Document type: bank_statement
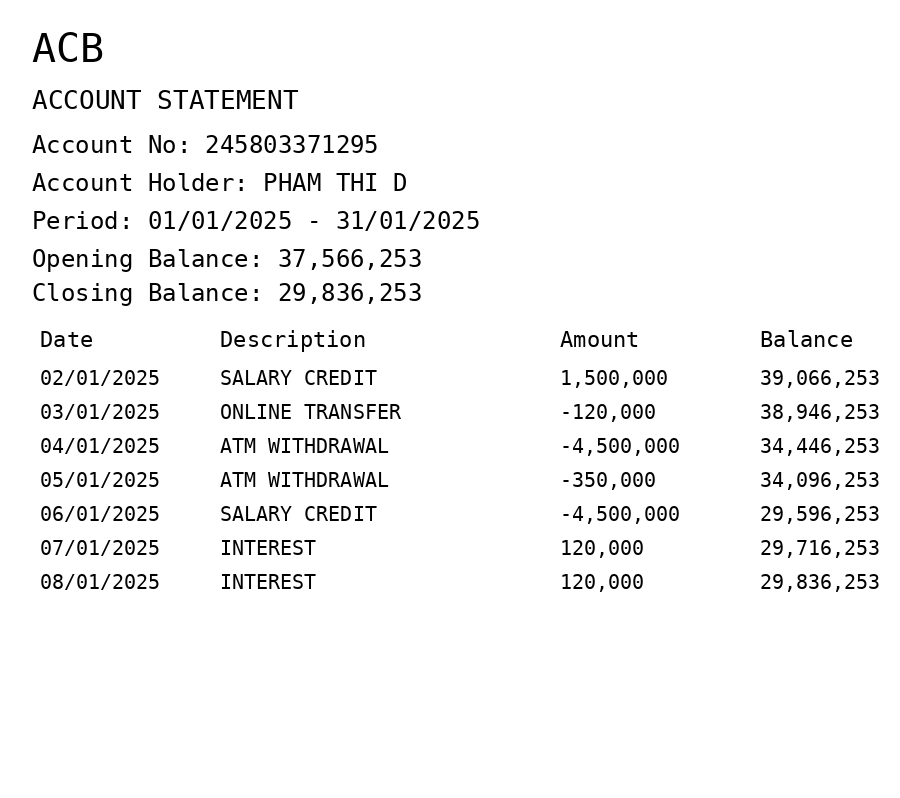
OCR transcript:
ACB
ACCOUNT STATEMENT
Account No: 245803371295
Account Holder: PHAM THI D
Period: 01/01/2025 - 31/01/2025
Opening Balance: 37,566,253
Closing Balance: 29,836,253
Date
Description
Amount
Balance
02/01/2025
SALARY CREDIT
1,500,000
39,066,253
03/01/2025
ONLINE TRANSFER
-120,000
38,946,253
04/01/2025
ATM WITHDRAWAL
-4,500,000
34,446,253
05/01/2025
ATM WITHDRAWAL
-350,000
34,096,253
06/01/2025
SALARY CREDIT
-4,500,000
29,596,253
07/01/2025
INTEREST
120,000
29,716,253
08/01/2025
INTEREST
120,000
29,836,253
Extracted fields:
bank_name: acb
account_number: 245803371295
account_holder: pham thi d
statement_period: 01/01/2025 - 31/01/2025
opening_balance: 37566253
closing_balance: 29836253
transactions: date: 2025-01-02
description: salary credit
amount: 1500000
balance: 39066253
date: 2025-01-03
description: online transfer
amount: -120000
balance: 38946253
date: 2025-01-04
description: atm withdrawal
amount: -4500000
balance: 34446253
date: 2025-01-05
description: atm withdrawal
amount: -350000
balance: 34096253
date: 2025-01-06
description: salary credit
amount: -4500000
balance: 29596253
date: 2025-01-07
description: interest
amount: 120000
balance: 29716253
date: 2025-01-08
description: interest
amount: 120000
balance: 29836253